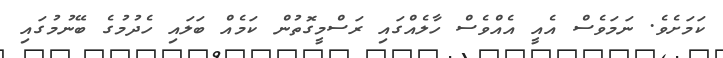
ކަމަށެވެ. ނަމަވެސް އެއީ އެއްވެސް ހާލެއްގައި ރަސްމީގޮތުން ކަމެއް ބަލައި ހެދުމުގެ ބޭނުމުގައި